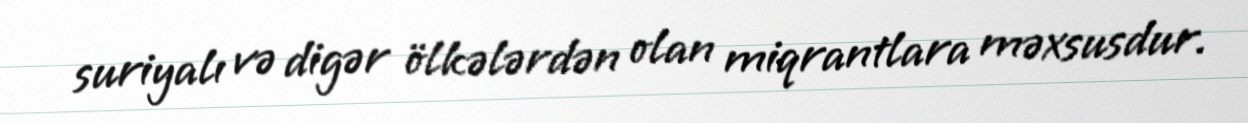
suriyalı və digər ölkələrdən olan miqrantlara məxsusdur.